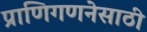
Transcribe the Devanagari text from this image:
प्राणिगणनेसाठी